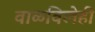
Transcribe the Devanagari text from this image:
वाळविलेही